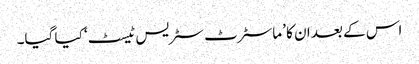
اس کے بعد ان کا ’ماسٹرٹ سٹریس ٹیسٹ‘ کیا گیا۔